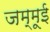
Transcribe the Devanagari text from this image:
जम्मूई